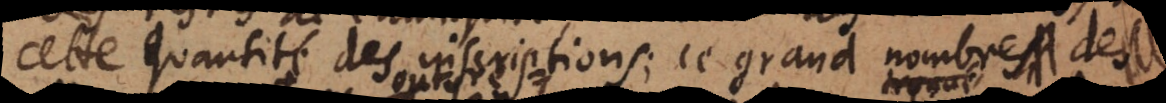
cette quantité des inscriptions, ce grand nombre de